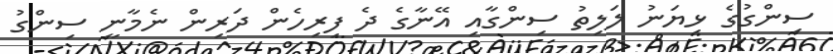
ސިންގުގެ ޅިޔަނު ލަލިތު ސިންގާއި އޭނާގެ ދެ ފިރިހެން ދަރިން ނެމާނީ ސިންގު